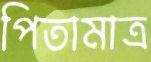
পিতামাত্র